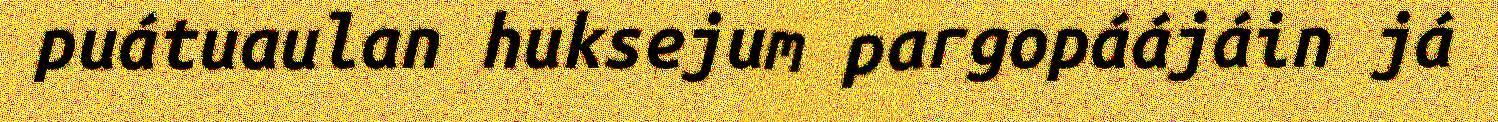
puátuaulan huksejum pargopáájáin já